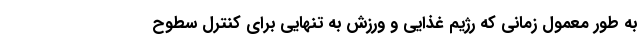
به طور معمول زمانی که رژیم غذایی و ورزش به تنهایی برای کنترل سطوح